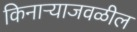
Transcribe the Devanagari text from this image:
किनाऱ्‍याजवळील